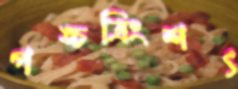
পঙ্চত্রিংশৎ